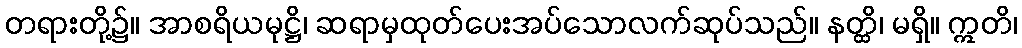
တရားတို့၌။ အာစရိယမုဋ္ဌိ၊ ဆရာမှထုတ်ပေးအပ်သောလက်ဆုပ်သည်။ နတ္ထိ၊ မရှိ။ ဣတိ၊